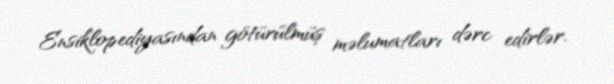
Ensiklopediyasından götürülmüş məlumatları dərc edirlər.